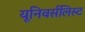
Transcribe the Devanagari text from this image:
यूनिवर्सलिस्ट